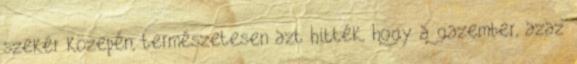
szekér közepén, természetesen azt hitték, hogy a gazember, azaz